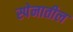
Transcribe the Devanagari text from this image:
स्पेनातील